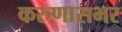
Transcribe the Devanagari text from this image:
करुणासभर